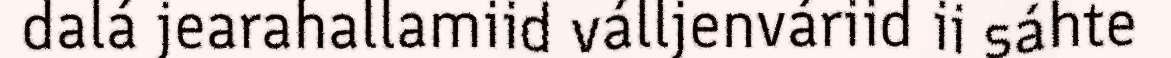
dalá jearahallamiid válljenváriid ii sáhte